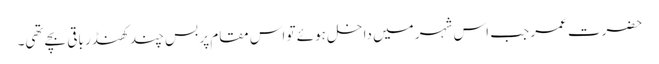
حضرت عمر جب اس شہر میں داخل ہوئے تو اس مقام پر بس چند کھنڈر باقی بچے تھی۔